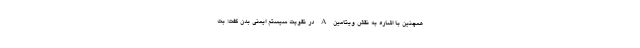
همچنین با اشاره به نقش ویتامین A در تقویت سیستم ایمنی بدن گفت: بت